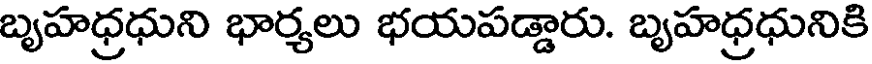
బృహధ్రధుని భార్యలు భయపడ్డారు. బృహధ్రధునికి